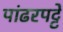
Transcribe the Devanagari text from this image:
पांढरपट्टे